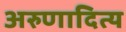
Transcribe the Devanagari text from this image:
अरुणादित्य